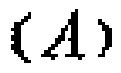
$(A)$